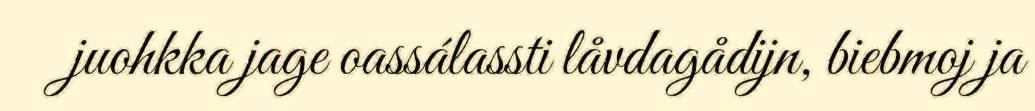
juohkka jage oassálassti låvdagådijn, biebmoj ja